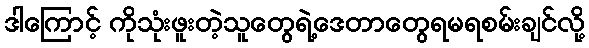
ဒါကြောင့် ကိုသုံးဖူးတဲ့သူတွေရဲ့ဒေတာတွေရမရစမ်းချင်လို့